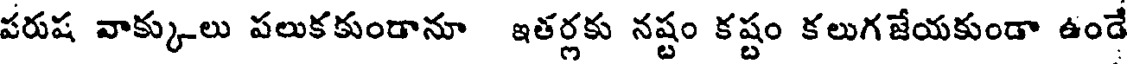
పరుష వాక్కులు పలుకకుండానూ ఇతర్లకు నష్టం కష్టం కలుగజేయకుండా ఉండే